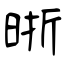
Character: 晣